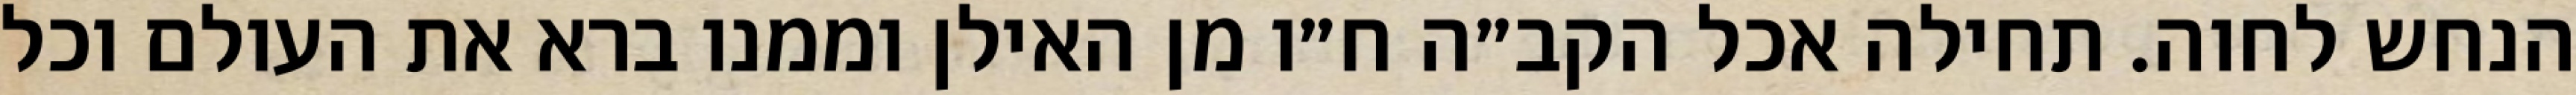
הנחש לחוה. תחילה אכל הקב״ה ח״ו מן האילן וממנו ברא את העולם וכל